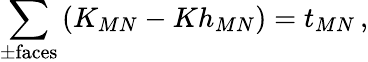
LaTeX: \sum_{\pm\mathrm{faces}}\left(K_{MN}-Kh_{MN}\right)=t_{MN}\, ,